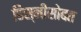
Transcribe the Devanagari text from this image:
डिस्नीसोबत